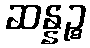
ဆန္နဉ္စ